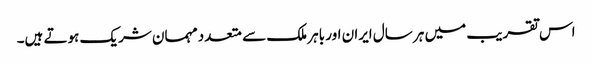
اس تقریب میں ہر سال ایران اور باہر ملک سے متعدد مہمان شریک ہوتے ہیں۔